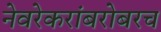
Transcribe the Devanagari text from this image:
नेवरेकरांबरोबरच